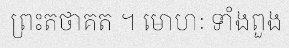
ព្រះតថាគត ។ មោហៈ ទាំងពួង